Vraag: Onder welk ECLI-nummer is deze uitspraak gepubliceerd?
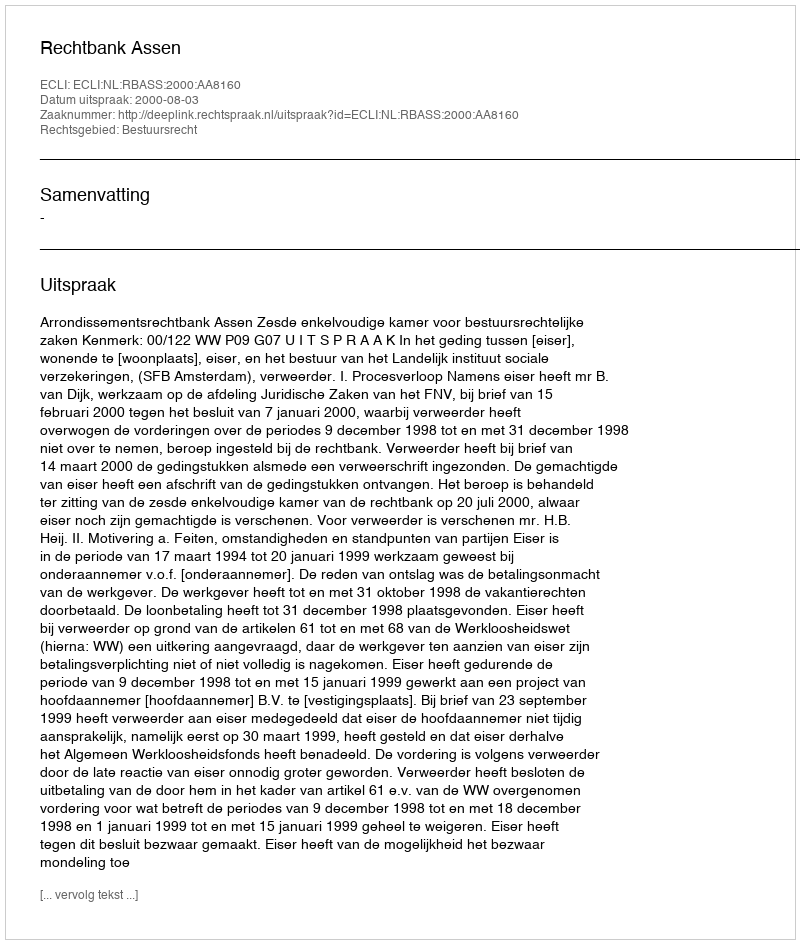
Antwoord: ECLI:NL:RBASS:2000:AA8160